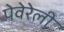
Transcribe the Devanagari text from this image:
पेवेरेली